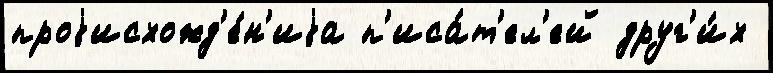
проjисхожд'е́н'иjа п'иса́т'ел'ей друг'и́х